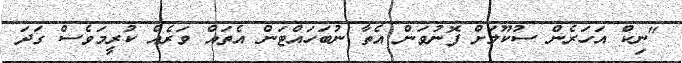
"ނިކް އަހަރެން ސުކޫލަށް ފޮނުވަން އެތާ ނުބަހައްޓަން އެތައް ވަރެއް ކުރީމަވެސް ގަދަ